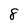
Character: 8